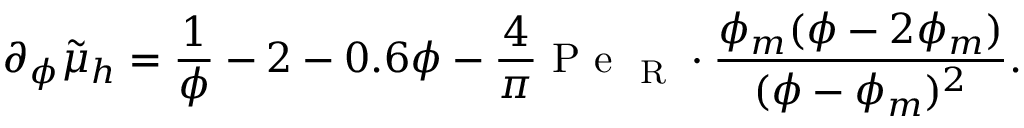
\partial _ { \phi } \tilde { \mu } _ { h } = \frac { 1 } { \phi } - 2 - 0 . 6 \phi - \frac { 4 } { \pi } \mathrm { ~ P ~ e ~ } _ { \mathrm { ~ R ~ } } \cdot \frac { \phi _ { m } ( \phi - 2 \phi _ { m } ) } { ( \phi - \phi _ { m } ) ^ { 2 } } .